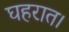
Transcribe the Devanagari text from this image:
घहरात।